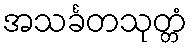
အသင်္ခတသုတ္တံ